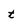
Character: t